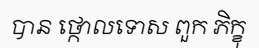
បាន ថ្កោលទោស ពួក ភិក្ខុ